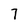
Character: 7